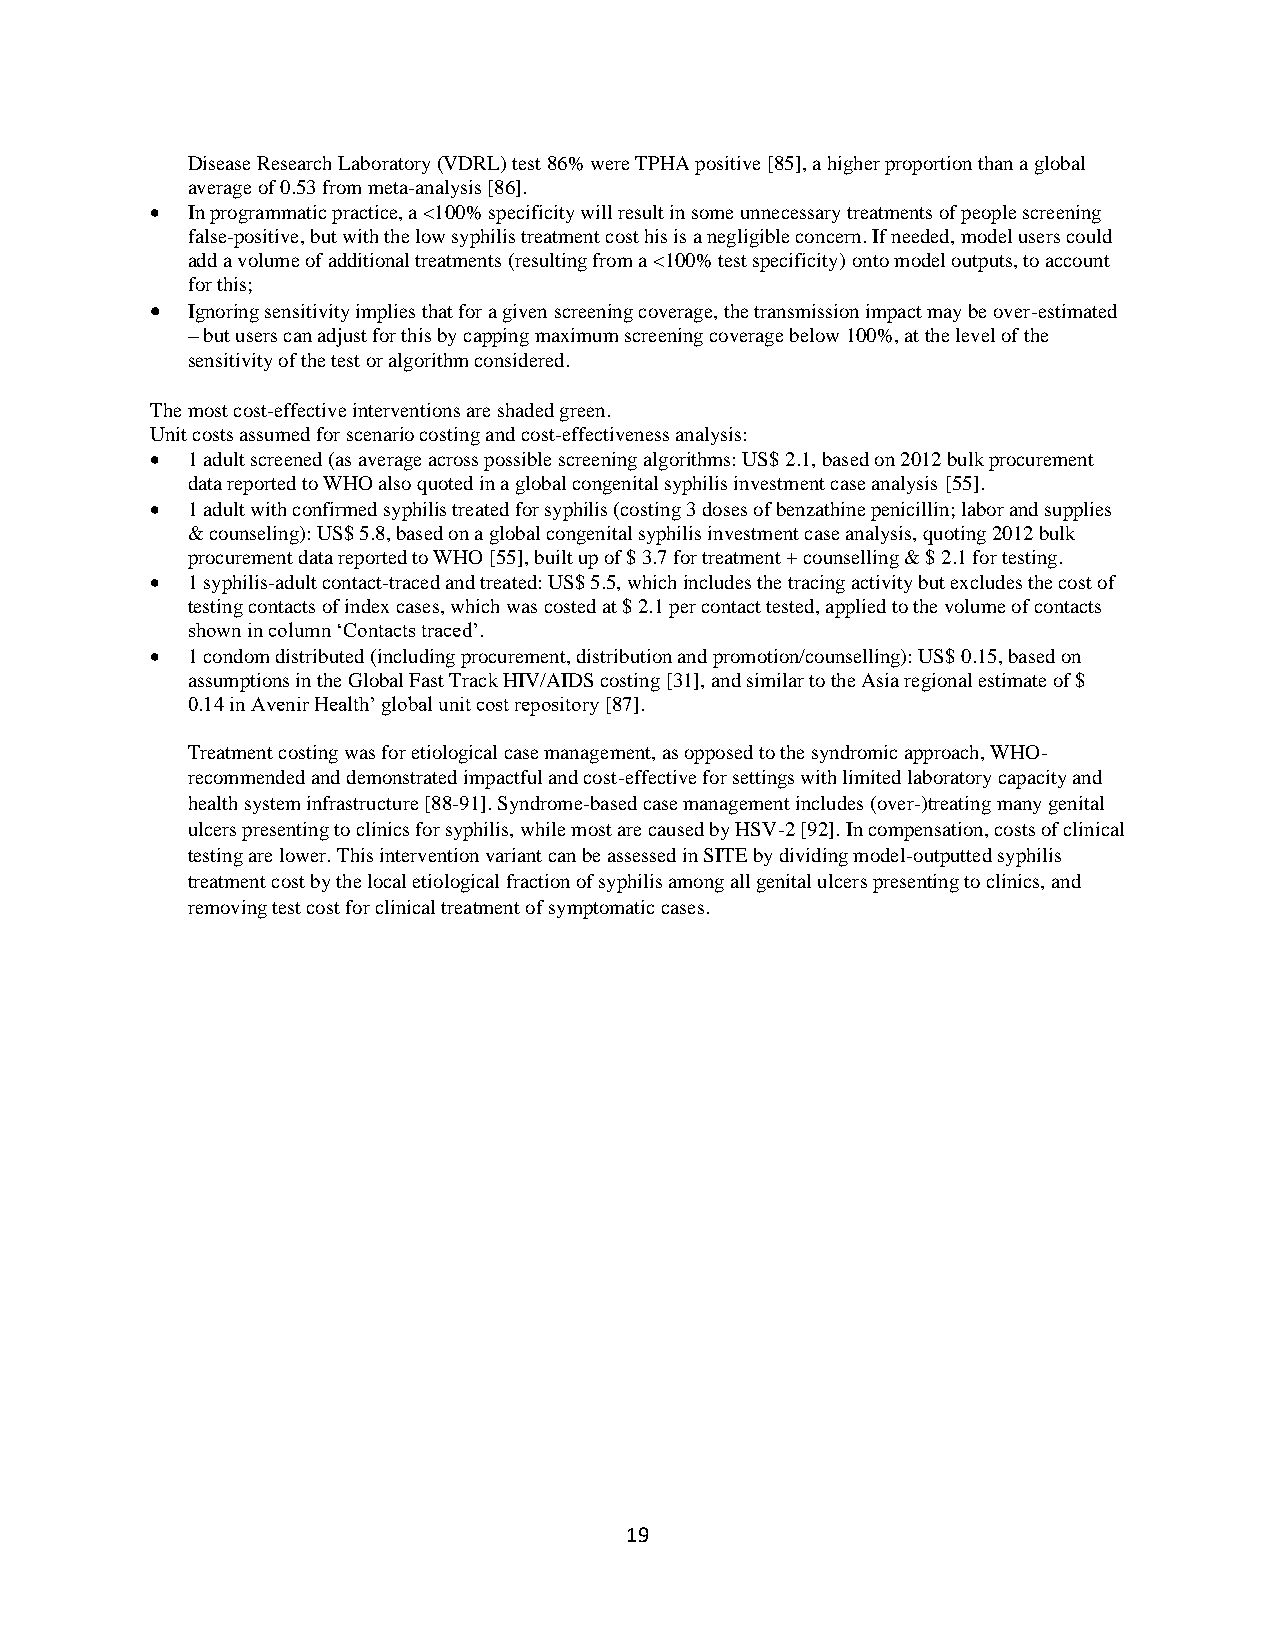
Disease Research Laboratory (VDRL) test 86% were TPHA positive [85], a higher proportion than a global
 average of 0.53 from meta-analysis [86].
 • In programmatic practice, a <100% specificity will result in some unnecessary treatments of people screening
 false-positive, but with the low syphilis treatment cost his is a negligible concern. If needed, model users could
 add a volume of additional treatments (resulting from a <100% test specificity) onto model outputs, to account
 for this;
 • Ignoring sensitivity implies that for a given screening coverage, the transmission impact may be over-estimated
 – but users can adjust for this by capping maximum screening coverage below 100%, at the level of the
 sensitivity of the test or algorithm considered.
 The most cost-effective interventions are shaded green.
 Unit costs assumed for scenario costing and cost-effectiveness analysis:
 • 1 adult screened (as average across possible screening algorithms: US$ 2.1, based on 2012 bulk procurement
 data reported to WHO also quoted in a global congenital syphilis investment case analysis [55].
 • 1 adult with confirmed syphilis treated for syphilis (costing 3 doses of benzathine penicillin; labor and supplies
 & counseling): US$ 5.8, based on a global congenital syphilis investment case analysis, quoting 2012 bulk
 procurement data reported to WHO [55], built up of $ 3.7 for treatment + counselling & $ 2.1 for testing.
 • 1 syphilis-adult contact-traced and treated: US$ 5.5, which includes the tracing activity but excludes the cost of
 testing contacts of index cases, which was costed at $ 2.1 per contact tested, applied to the volume of contacts
 shown in column ‘Contacts traced’.
 • 1 condom distributed (including procurement, distribution and promotion/counselling): US$ 0.15, based on
 assumptions in the Global Fast Track HIV/AIDS costing [31], and similar to the Asia regional estimate of $
 0.14 in Avenir Health’ global unit cost repository [87].
 Treatment costing was for etiological case management, as opposed to the syndromic approach, WHO-
 recommended and demonstrated impactful and cost-effective for settings with limited laboratory capacity and
 health system infrastructure [88-91]. Syndrome-based case management includes (over-)treating many genital
 ulcers presenting to clinics for syphilis, while most are caused by HSV-2 [92]. In compensation, costs of clinical
 testing are lower. This intervention variant can be assessed in SITE by dividing model-outputted syphilis
 treatment cost by the local etiological fraction of syphilis among all genital ulcers presenting to clinics, and
 removing test cost for clinical treatment of symptomatic cases.
 19